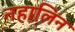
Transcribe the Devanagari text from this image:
नहालिन